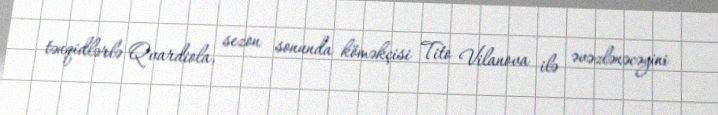
tənqidlərlə Qvardiola, sezon sonunda köməkçisi Tito Vilanova ilə əvəzlənəcəyini